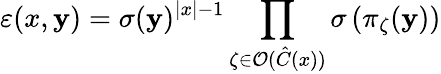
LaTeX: \varepsilon(x,\mathbf{y})=\sigma(\mathbf{y})^{\left|x\right|-1}\prod_{\zeta\in\mathcal{{O}}(\hat{{C}}(x))}\sigma\left(\pi_{\zeta}(\mathbf{y})\right)